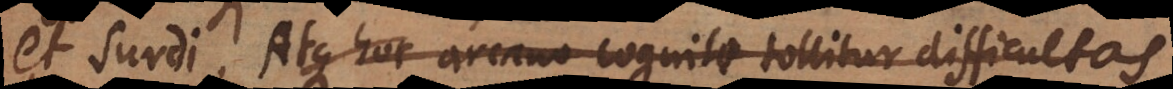
et surdi. Atque hoc arcano cognito tollitur difficultas